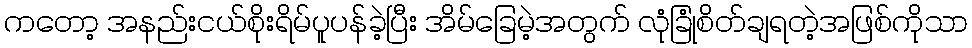
ကတော့ အနည်းငယ်စိုးရိမ်ပူပန်ခဲ့ပြီး အိမ်ခြေမဲ့အတွက် လုံခြုံစိတ်ချရတဲ့အဖြစ်ကိုသာ